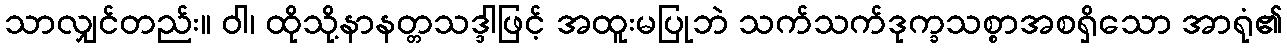
သာလျှင်တည်း။ ဝါ၊ ထိုသို့နာနတ္တသဒ္ဒါဖြင့် အထူးမပြုဘဲ သက်သက်ဒုက္ခသစ္စာအစရှိသော အာရုံ၏